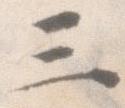
三